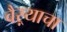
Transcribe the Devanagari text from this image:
वैऱ्याचा